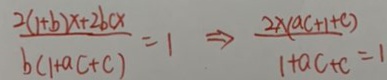
\frac { 2 ( 1 + b ) x + 2 b c x } { b ( 1 + a c + c ) } = 1 \Rightarrow \frac { 2 \times ( a c + 1 + c ) } { 1 + a c + c } = 1